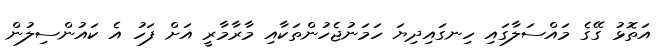
އަތޮޅު ގޭގެ މައްސަލާގައި ހިނގައިދިޔަ ހަމަނުޖެހުންތަކާއި މާރާމާރީ އަށް ފަހު އެ ކައުންސިލުން